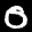
Label: 0